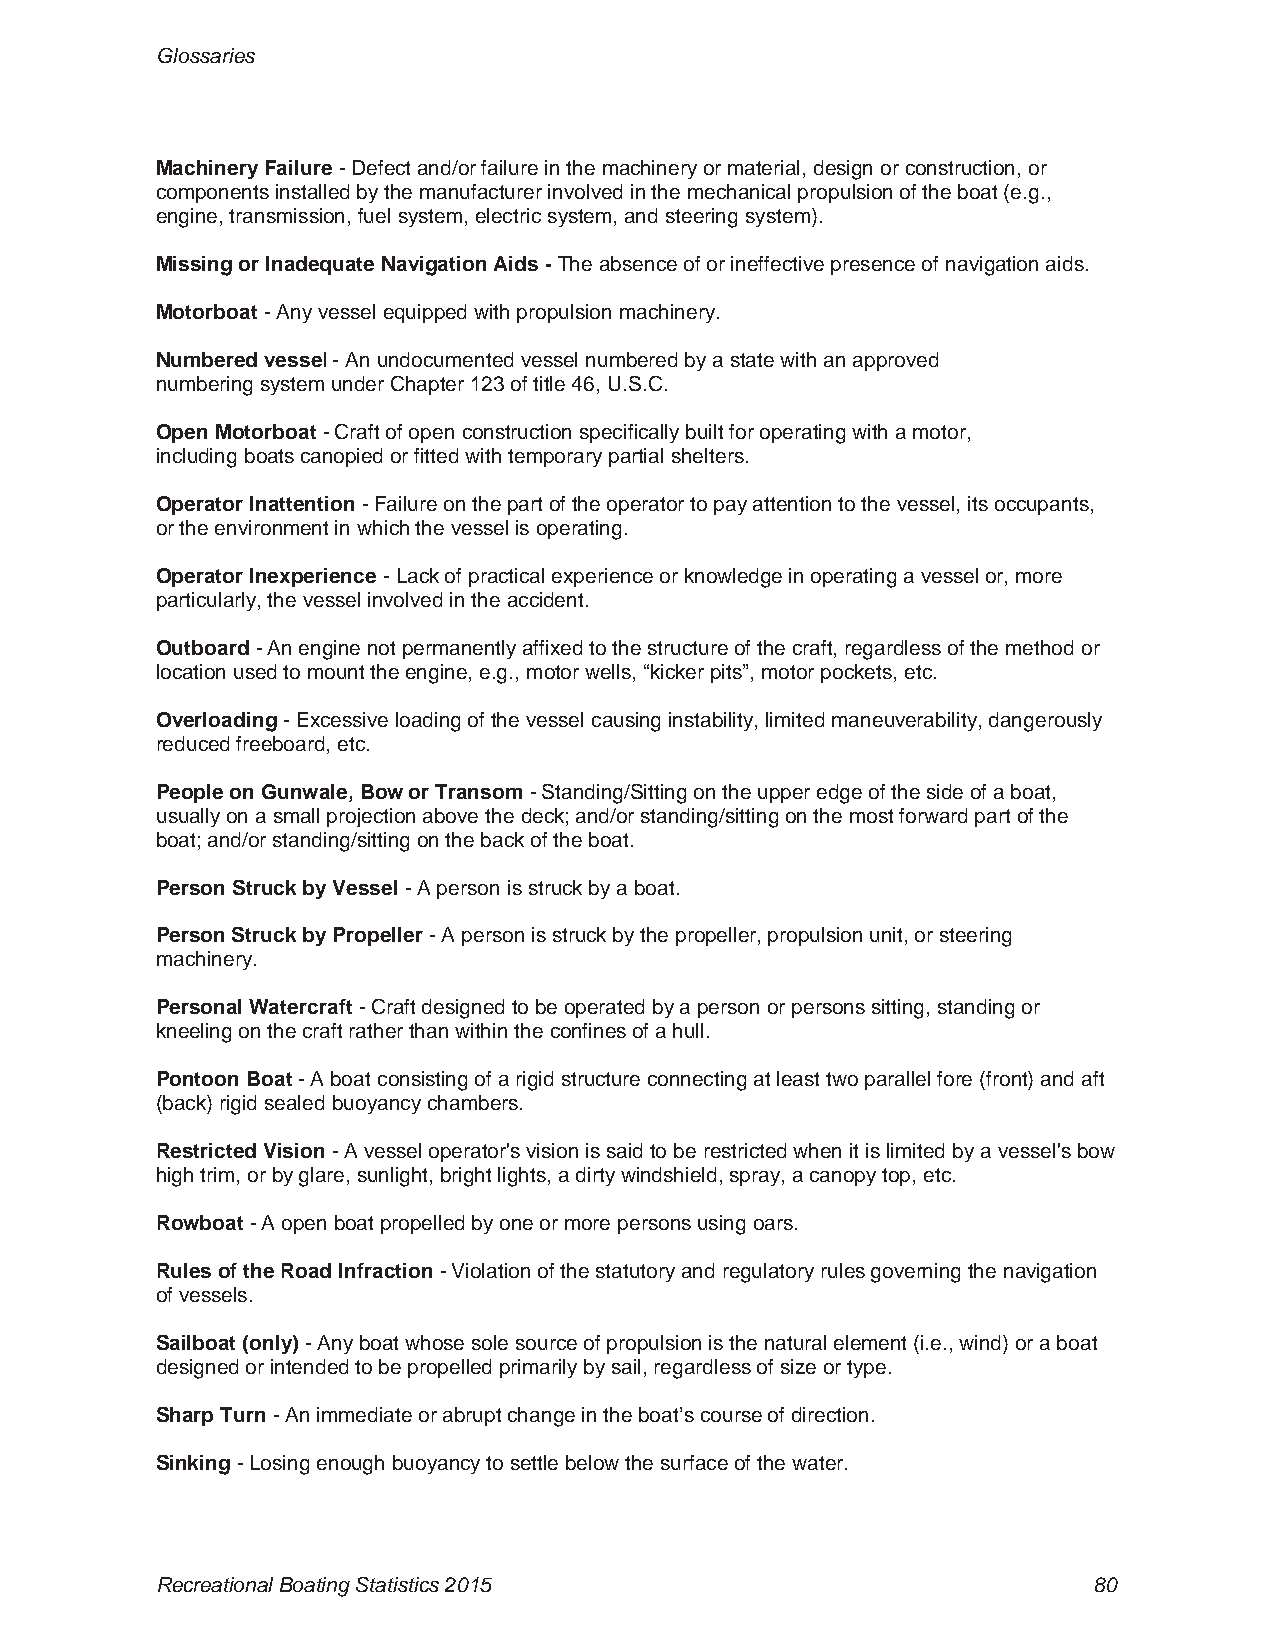
Glossaries
 Machinery Failure - Defect and/or failure in the machinery or material, design or construction, or
 components installed by the manufacturer involved in the mechanical propulsion of the boat (e.g.,
 engine, transmission, fuel system, electric system, and steering system).
 Missing or Inadequate Navigation Aids - The absence of or ineffective presence of navigation aids.
 Motorboat - Any vessel equipped with propulsion machinery.
 Numbered vessel - An undocumented vessel numbered by a state with an approved
 numbering system under Chapter 123 of title 46, U.S.C.
 Open Motorboat - Craft of open construction specifically built for operating with a motor,
 including boats canopied or fitted with temporary partial shelters.
 Operator Inattention - Failure on the part of the operator to pay attention to the vessel, its occupants,
 or the environment in which the vessel is operating.
 Operator Inexperience - Lack of practical experience or knowledge in operating a vessel or, more
 particularly, the vessel involved in the accident.
 Outboard - An engine not permanently affixed to the structure of the craft, regardless of the method or
 location used to mount the engine, e.g., motor wells, “kicker pits”, motor pockets, etc.
 Overloading - Excessive loading of the vessel causing instability, limited maneuverability, dangerously
 reduced freeboard, etc.
 People on Gunwale, Bow or Transom - Standing/Sitting on the upper edge of the side of a boat,
 usually on a small projection above the deck; and/or standing/sitting on the most forward part of the
 boat; and/or standing/sitting on the back of the boat.
 Person Struck by Vessel - A person is struck by a boat.
 Person Struck by Propeller - A person is struck by the propeller, propulsion unit, or steering
 machinery.
 Personal Watercraft - Craft designed to be operated by a person or persons sitting, standing or
 kneeling on the craft rather than within the confines of a hull.
 Pontoon Boat - A boat consisting of a rigid structure connecting at least two parallel fore (front) and aft
 (back) rigid sealed buoyancy chambers.
 Restricted Vision - A vessel operator's vision is said to be restricted when it is limited by a vessel's bow
 high trim, or by glare, sunlight, bright lights, a dirty windshield, spray, a canopy top, etc.
 Rowboat - A open boat propelled by one or more persons using oars.
 Rules of the Road Infraction - Violation of the statutory and regulatory rules governing the navigation
 of vessels.
 Sailboat (only) - Any boat whose sole source of propulsion is the natural element (i.e., wind) or a boat
 designed or intended to be propelled primarily by sail, regardless of size or type.
 Sharp Turn - An immediate or abrupt change in the boat’s course of direction.
 Sinking - Losing enough buoyancy to settle below the surface of the water.
 Recreational Boating Statistics 2015                          80